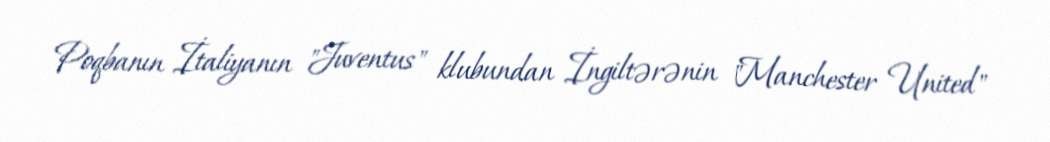
Poqbanın İtaliyanın "Juventus" klubundan İngiltərənin "Manchester United"